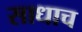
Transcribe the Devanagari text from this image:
साधाच